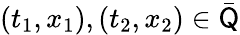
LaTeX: (t_{1},x_{1}),(t_{2},x_{2})\in\bar{\mathsf Q}